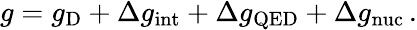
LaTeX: \begin{array}{r}{g=g_{\mathrm{D}}+\Delta g_{\mathrm{int}}+\Delta g_{\mathrm{QED}}+\Delta g_{\mathrm{nuc}}\, .}\end{array}